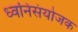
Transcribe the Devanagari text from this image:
ध्वनिसंयोजक